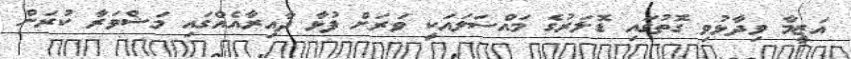
އަޒީމާ ވިދާޅުވި ގޮތުގައި ޑޮލަރުގެ މައްސަލައަކީ ވަރަށް ފުޅާ ދާއިރާއެއްގައި މަޝްވަރާ ކުރަން